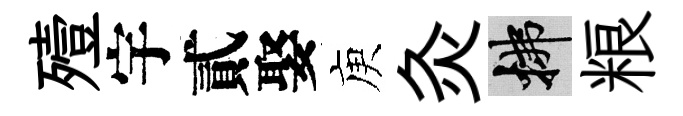
殪宇貳娶庾灸拂粮